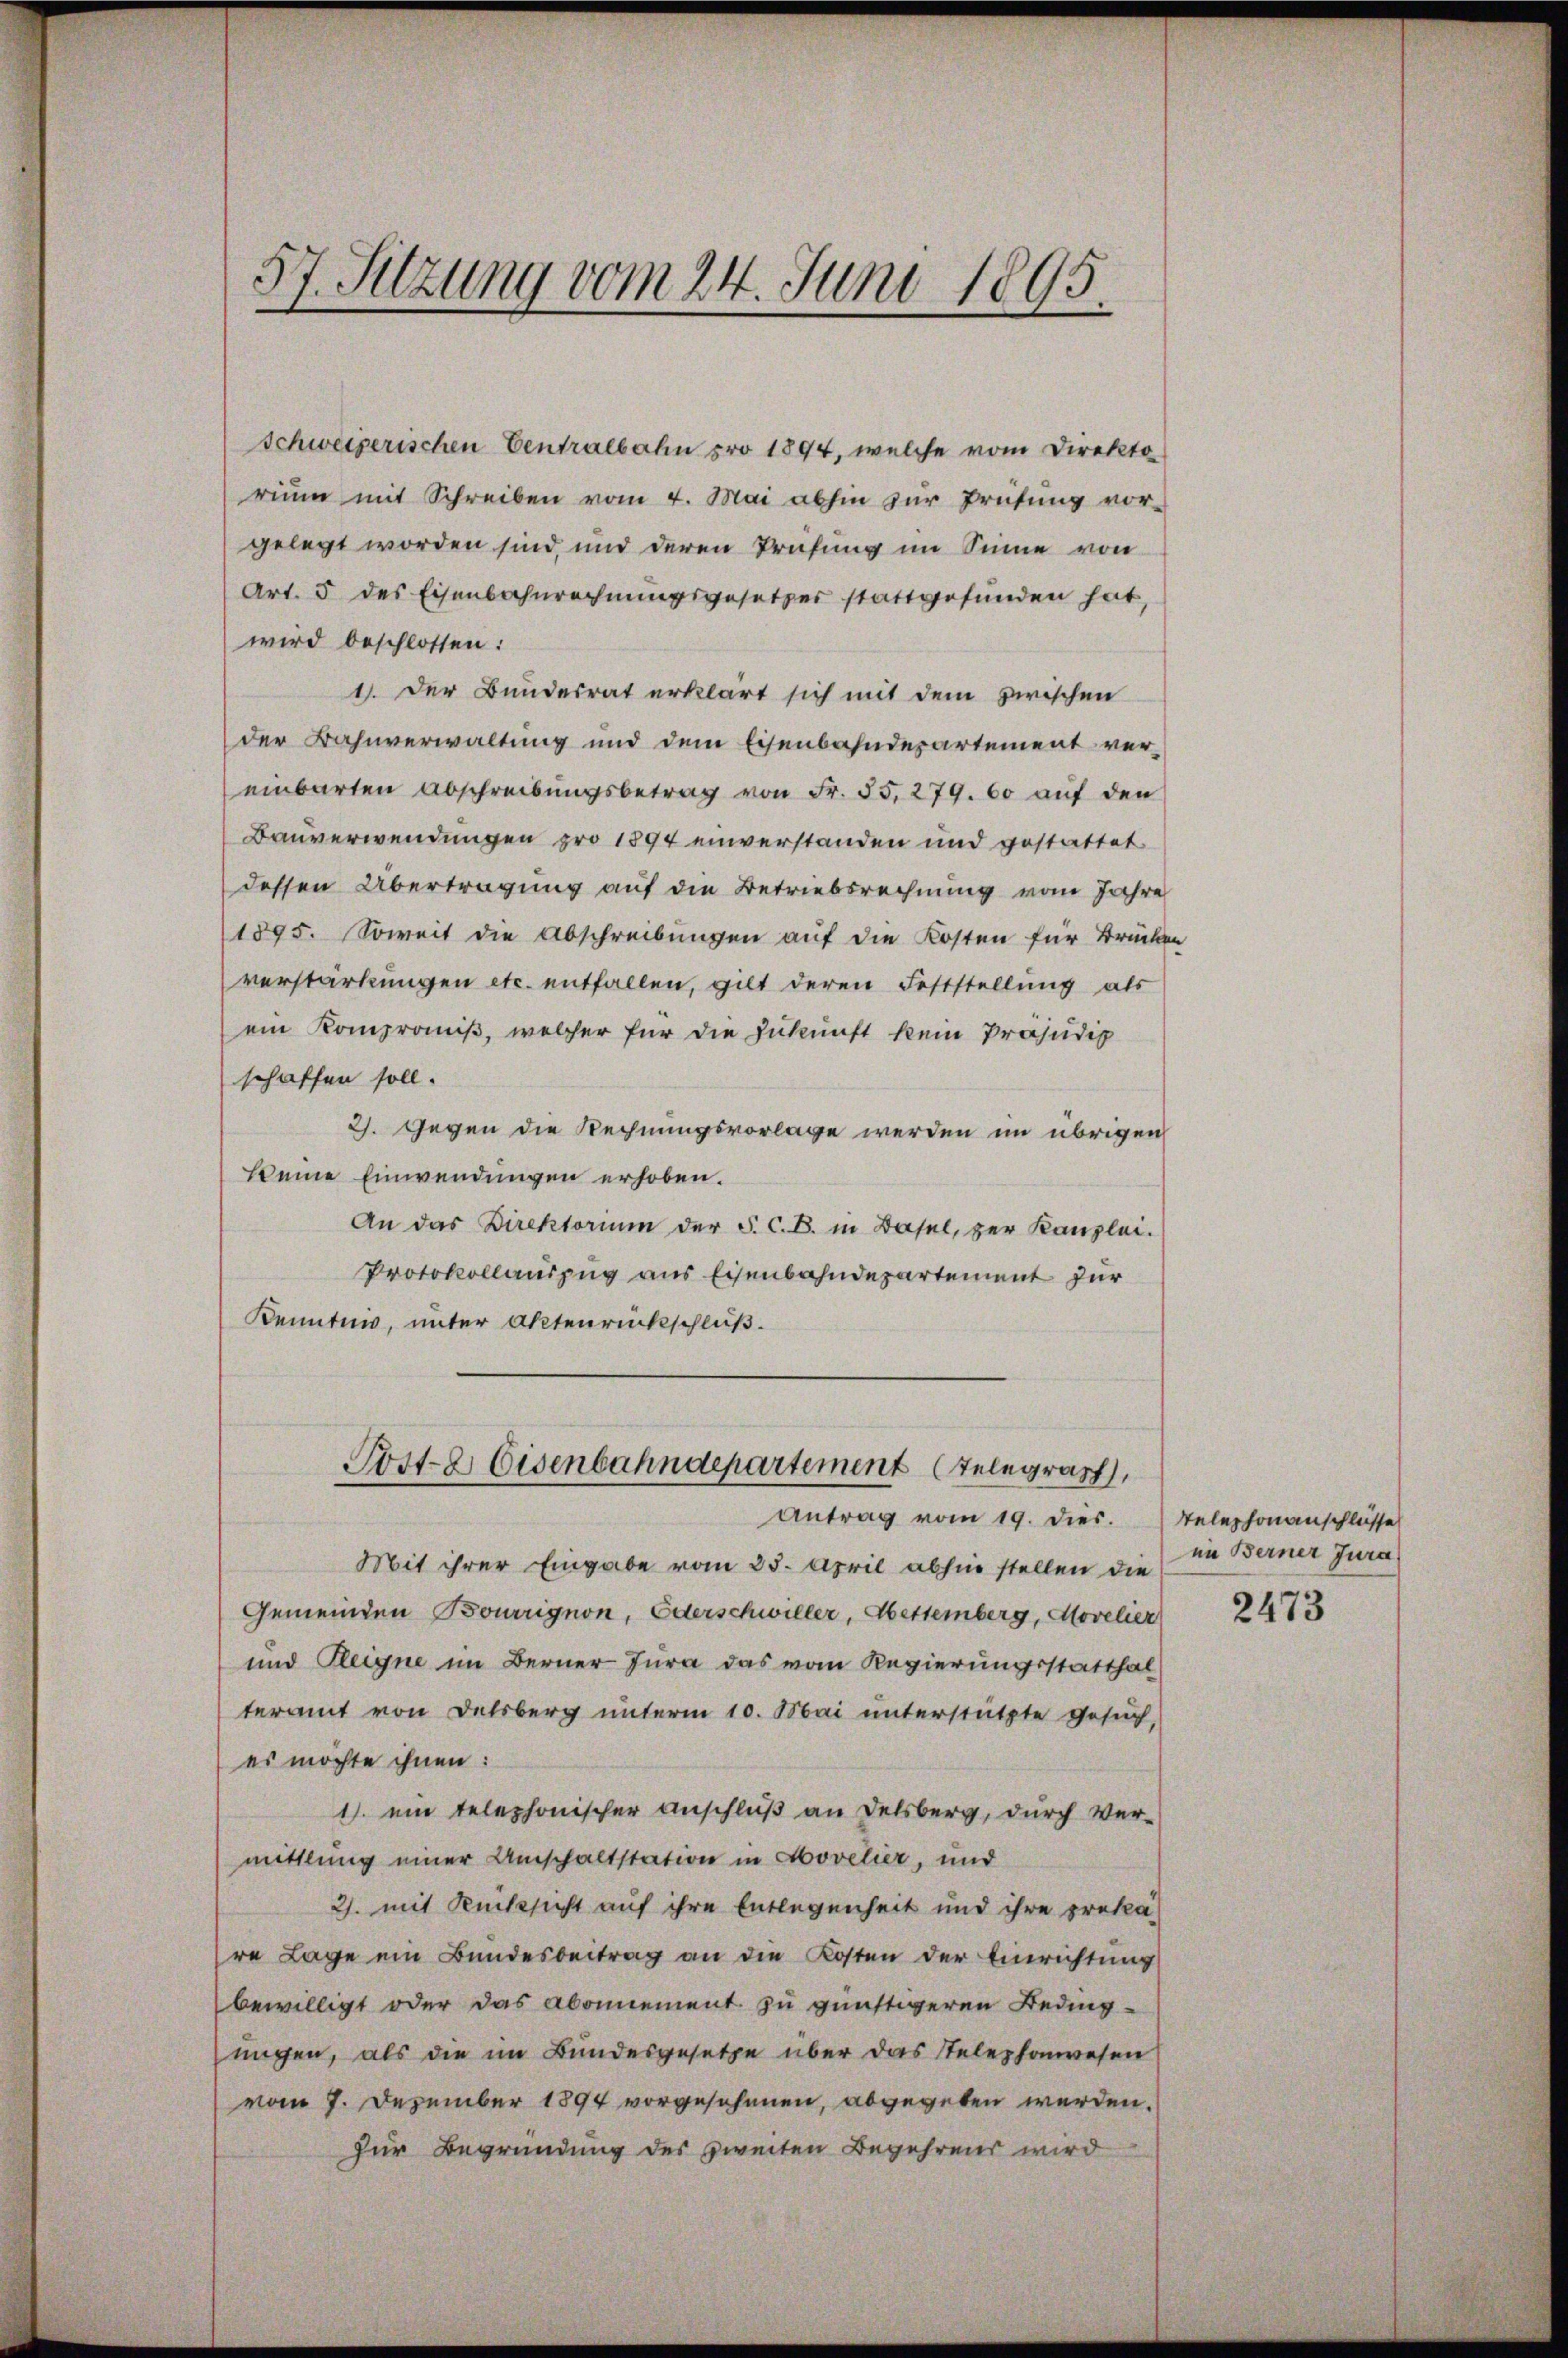
57. Sitzung vom 24. Juni 1895

Schweizerischen Centralbahn pro 1894, welche vom Direkto
riŭm mit Schreiben vom 4. Mai abhin zur Prüfung vor-
gelegt worden sind, und deren Prüfung im Sinne von
Art. 5 des Eisenbahnrechnŭngsgesetzes stattgefŭnden hat,
wird beschlossen:
1. Der Bundesrat erklärt sich mit dem zwischen
der Bahnverwaltung und dem Eisenbahndepartement ver-
einbarten Abschreibŭngsbetrag von Fr. 55. 279. 60 auf den
Bauverwendungen pro 1894 einverstanden und gestattet
dessen Übertragung auf die Betriebsrechnung vom Jahre
1895. Soweit die Abschreibungen auf die Kosten für Brücken
verstärkungen etc. entfallen, gilt deren Feststellung als
ein Kompromiß, welcher für die Zukunft kein Präjudic
schaffen soll.
2). Gegen die Rechnungsvorlage werden im übrigen
Keine Einwendungen erhoben.
An das Direktorium der S. C. B. in Basel, zur Kanzlei.
Protokollauszug aus Eisenbahndepartement zur
Kennten, unter Aktenrückschluß.
Post- & Eisenbahndepartement (Telegraph,
Antrag vom 19. dies.
Mit ihrer Eingabe vom 25. April abhin stellen die
Gemeinden Bourrignon, Ederschwiller, Hettemberg, Moveller
und Fleigne im Berner Jura das vom Regierungsstatthal
teramt von Delsberg unterm 10. Mai unterstützte Gesuch,
es möchte ihnen:
1. ein telephonischer Anschluß an Delsberg, durch Ver-
mittlung einer Umschaltstation in Movetier, und
2. mit Rücksicht auf ihre Entlegenheit und ihre prekä
re Lage ein Bundesbeitrag an die Kosten der Einrichtung
bewilligt oder das Abonnement zu günstigeren Bedingungen, als die im Bundesgesetze über das Stelephonwesen
vom 7. Dezember 1894 vorgesehenen, abgegeben werden.
Zur Begründung des zweiten Begehrens wird

Telephonanschlüsse
in Berner Jura

2473